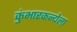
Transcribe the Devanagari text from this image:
कुंभारकन्येला